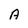
Character: A